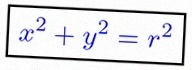
x^2+y^2=r^2